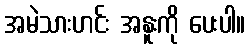
အမဲသားဟင်း အနူးကို ပေးပါ။